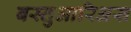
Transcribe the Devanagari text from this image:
बस्तुआरिअस